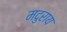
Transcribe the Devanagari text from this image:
मदुराय